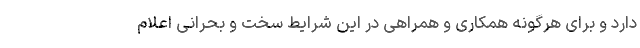
دارد و برای هرگونه همکاری و همراهی در این شرایط سخت و بحرانی اعلام